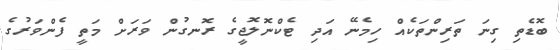
ބޮޑެތި ގިނަ ތަރިންތަކެއް ހިމެނޭ އަދި ޓެކްނޮލޮޖީގެ ރޮނގުން ވަރަށް މަތީ ފެންވަރުގެ